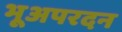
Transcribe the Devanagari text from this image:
भूअपरदन